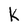
Character: K